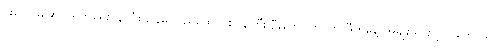
ပူးပေါင်းဆောင်ရွက်ရေးဝန်ကြီးဌာနမှ ပြည်ထောင်စုဝန်ကြီး ဦးကျော်တင်က ဒီကနေ့ အမျိုးသားလွှတ်တော်မှာ